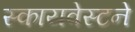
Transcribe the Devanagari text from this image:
स्कायवेस्टने